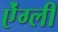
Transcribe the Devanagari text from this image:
ऐंग्ली